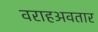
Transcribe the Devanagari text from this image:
वराहअवतार